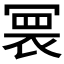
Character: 𭂀